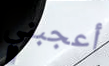
أعجبني